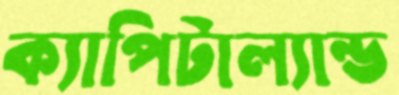
ক্যাপিটাল্যান্ড